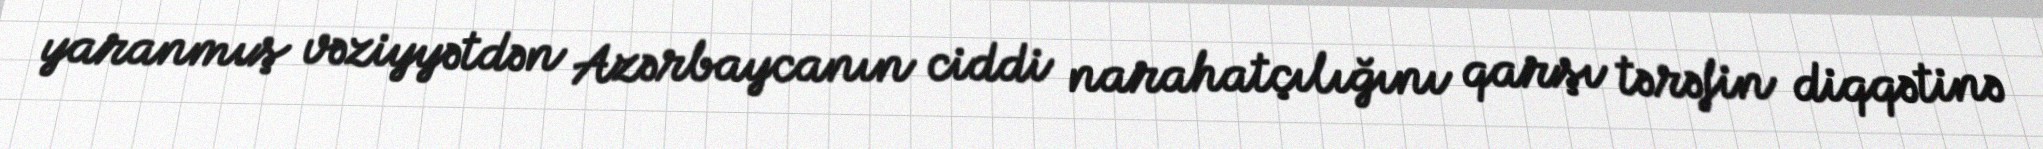
yaranmış vəziyyətdən Azərbaycanın ciddi narahatçılığını qarşı tərəfin diqqətinə